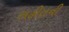
સહીતની